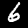
Label: 6